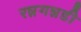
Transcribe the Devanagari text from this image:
रन्नगन्नडी